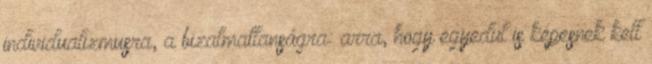
individualizmusra, a bizalmatlanságra: arra, hogy egyedül is képesnek kell